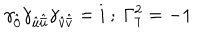
LaTeX: \gamma _ { \hat { 0 } } \gamma _ { { \hat { u } } { \hat { \bar { u } } } } \gamma _ { { \hat { v } } { \hat { \bar { v } } } } = i ~ ; ~ \Gamma _ { 7 } ^ { 2 } = - 1